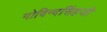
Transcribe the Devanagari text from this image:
गोविन्दसिंहजी